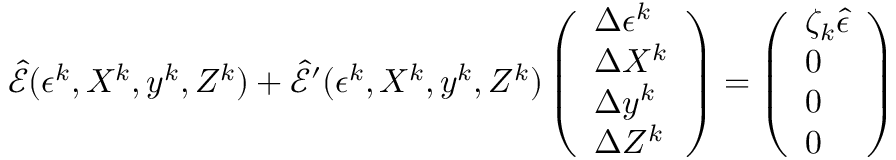
\widehat { \mathcal { E } } ( \epsilon ^ { k } , X ^ { k } , y ^ { k } , Z ^ { k } ) + \widehat { \mathcal { E } } ^ { \prime } ( \epsilon ^ { k } , X ^ { k } , y ^ { k } , Z ^ { k } ) \left( \begin{array} { l } { \Delta \epsilon ^ { k } } \\ { \Delta X ^ { k } } \\ { \Delta y ^ { k } } \\ { \Delta Z ^ { k } } \end{array} \right) = \left( \begin{array} { l } { \zeta _ { k } \hat { \epsilon } } \\ { 0 } \\ { 0 } \\ { 0 } \end{array} \right)